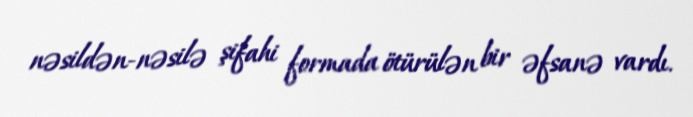
nəsildən-nəsilə şifahi formada ötürülən bir əfsanə vardı.